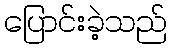
ပြောင်းခဲ့သည်